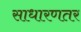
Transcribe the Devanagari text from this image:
साधारणतर